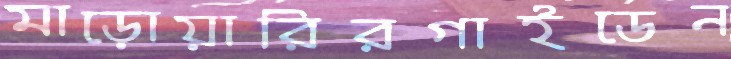
মাড়োয়ারিরগাইডেন